Calcutta medical institutions reports 1879-81 [i.e.91]
Year: 1879
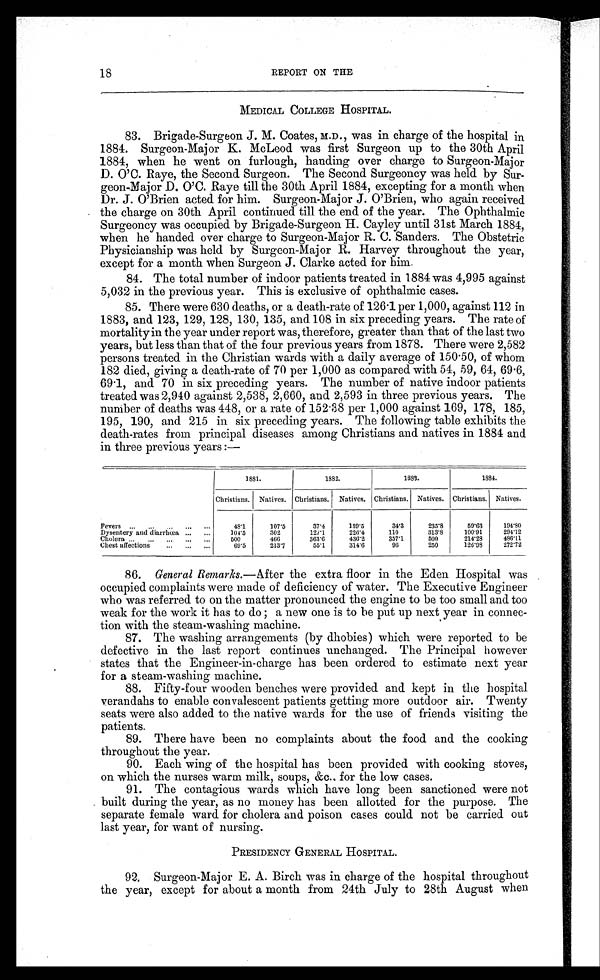
18
REPORT ON THE
MEDICAL COLLEGE HOSPITAL.
83. Brigade-Surgeon J. M. Coates, M.D., was in charge of the hospital in
1884. Surgeon-Major K. McLeod was first Surgeon up to the 30th April
1884, when he went on furlough, handing over charge to Surgeon-Major
D.O'.C. Raye, the Second Surgeon. The Second Surgeoncy was held by Sur-
geon-Major D.O'.C. Raye till the 30th April 1884, excepting for a month when
Dr. J.O'.Brien acted for him. Surgeon-Major J.O'.Brien, who again received
the charge on 30th April continued till the end of the year. The Ophthalmic
Surgeoncy was occupied by Brigade-Surgeon H. Cayley until 31st March 1884,
when he handed over charge to Surgeon-Major R. C. Sanders. The Obstetric
Physicianship was held by Surgeon-Major R. Harvey throughout the year,
except for a month when Surgeon J. Clarke acted for him.
84. The total number of indoor patients treated in 1884 was 4,995 against
5,032 in the previous year. This is exclusive of ophthalmic cases.
85. There were 630 deaths, or a death-rate of 126.1 per 1,000, against 112 in
1883, and 123, 129, 128, 130, 135, and 108 in six preceding years. The rate of
mortality in the year under report was, therefore, greater than that of the last two
years, but less than that of the four previous years from 1878. There were 2,582
persons treated in the Christian wards with a daily average of 150.50, of whom
182 died, giving a death-rate of 70 per 1,000 as compared with 54, 59, 64, 69.6,
69 .1, and 70 in six preceding years. The number of native indoor patients
treated was 2,940 against 2,538, 2,660, and 2,593 in three previous years. The
number of deaths was 448, or a rate of 152.38 per 1,000 against 169, 178, 185,
195, 190, and 215 in six preceding years. The following table exhibits the
death-rates from principal diseases among Christians and natives in 1884 and
in three previous years :—
1881.
1882.
1883.
1884.
Christians. Natives. Christians. Natives. Christians. Natives. Christians. Natives.
Fevers ...
... ... ...
48.1
107.5
37.4
139.5
34.3
235.8
59.63
194.80
Dysentery and diarrhœa ... ...
104.5
302
127.1
226.4
110
313.8
100.91
294.12
Cholera ...
... ... ... ...
500
466
363.6
436.2
357.1
500
214.28
486.11
Chest affections
... ... ...
69.5
213.7
55.1
314.6
96
250
126.98
272.72
86. General Remarks.—After the extra floor in the Eden Hospital was
occupied complaints were made of deficiency of water. The Executive Engineer
who was referred to on the matter pronounced the engine to be too small and too
weak for the work it has to do ; a new one is to be put up next year in connec-
tion with the steam-washing machine.
87. The washing arrangements (by dhobies) which were reported to be
defective in the last report continues unchanged. The Principal however
states that the Engineer-in-charge has been ordered to estimate next year
for a steam-washing machine.
88. Fifty-four wooden benches were provided and kept in the hospital
verandahs to enable convalescent patients getting more outdoor air. Twenty
seats were also added to the native wards for the use of friends visiting the
patients.
89. There have been no complaints about the food and the cooking
throughout the year.
90. Each wing of the hospital has been provided with cooking stoves,
on which the nurses warm milk, soups, &c.. for the low cases.
91. The contagious wards which have long been sanctioned were not
built during the year, as no money has been allotted for the purpose. The
separate female ward for cholera and poison cases could not be carried out
last year, for want of nursing.
PRESIDENCY GENERAL HOSPITAL.
92. Surgeon-Major E. A. Birch was in charge of the hospital throughout
the year, except for about a month from 24th July to 28th August when